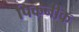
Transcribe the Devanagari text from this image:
पिकनीक